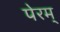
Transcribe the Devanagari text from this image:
पेरम्